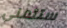
ستتمنى